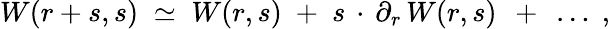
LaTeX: W(r+s,s)\; \simeq\; W(r,s)\; +\; s\, \cdot\, \partial_{r}\, W(r,s)\; \, +\; \, \ldots\; ,